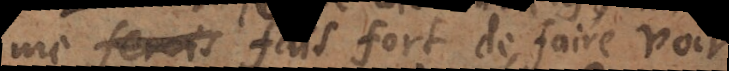
je me fais fort de faire voir